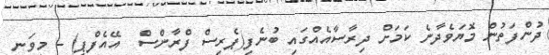
ދުންފަތުން މޮޔަވެދާނެ ކަމަށް ދިރާސާއެއްގައި ބުނެފި(ޕެރިސް ފްރާންސް  އޭއެފްޕީ) - މިވަނީ